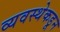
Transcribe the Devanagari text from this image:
व्यवस्थेकडून